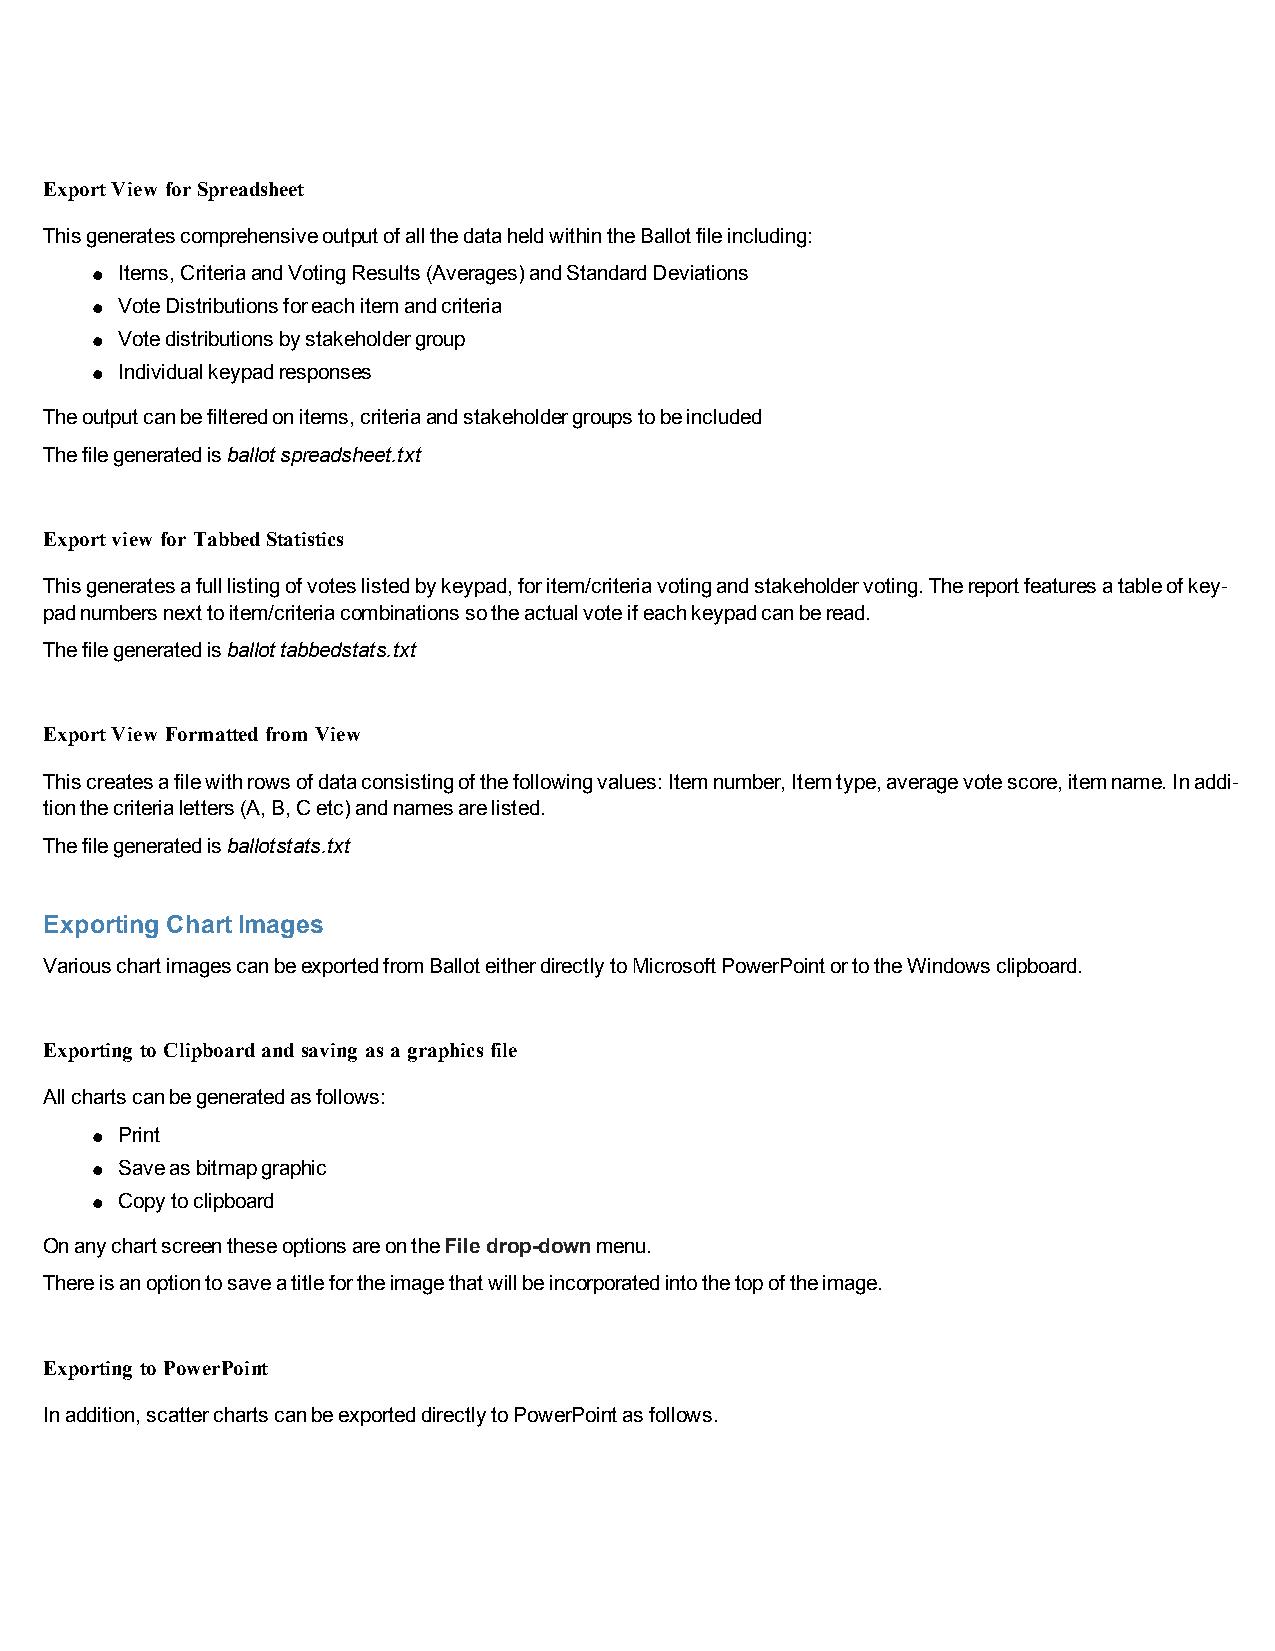
ExportView for Spreadsheet
 ThisgeneratescomprehensiveoutputofallthedataheldwithintheBallotfileincluding:
 l Items,CriteriaandVotingResults(Averages)andStandardDeviations
 l VoteDistributionsforeachitemandcriteria
 l Votedistributionsbystakeholdergroup
 l Individualkeypadresponses
 Theoutputcanbefilteredonitems,criteriaandstakeholdergroupstobeincluded
 Thefilegeneratedisballotspreadsheet.txt
 Exportview for TabbedStatistics
 Thisgeneratesafulllistingofvoteslistedbykeypad,foritem/criteriavotingandstakeholdervoting.Thereportfeaturesatableofkey-
 padnumbersnexttoitem/criteriacombinationssotheactualvoteifeachkeypadcanberead.
 Thefilegeneratedisballottabbedstats.txt
 ExportView FormattedfromView
 Thiscreatesafilewithrowsofdataconsistingofthefollowingvalues:Itemnumber,Itemtype,averagevotescore,itemname.Inaddi-
 tionthecriterialetters(A,B,Cetc)andnamesarelisted.
 Thefilegeneratedisballotstats.txt
 Exporting ChartImages
 VariouschartimagescanbeexportedfromBalloteitherdirectlytoMicrosoftPowerPointortotheWindowsclipboard.
 Exporting to Clipboardandsaving asa graphicsfile
 Allchartscanbegeneratedasfollows:
 l Print
 l Saveasbitmapgraphic
 l Copytoclipboard
 OnanychartscreentheseoptionsareontheFiledrop-downmenu.
 Thereisanoptiontosaveatitlefortheimagethatwillbeincorporatedintothetopoftheimage.
 Exporting to PowerPoint
 Inaddition,scatterchartscanbeexporteddirectlytoPowerPointasfollows.